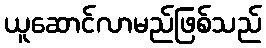
ယူဆောင်လာမည်ဖြစ်သည်